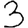
Digit: 3